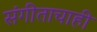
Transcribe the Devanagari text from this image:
संगीताचाही